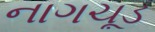
નાગચૂડ